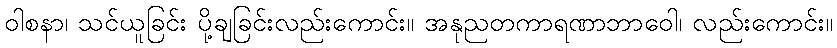
ဝါစနာ၊ သင်ယူခြင်း ပို့ချခြင်းလည်းကောင်း။ အနုညတကာရဏာဘာဝေါ၊ လည်းကောင်း။